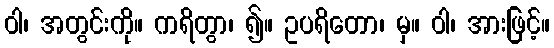
ဝါ၊ အတွင်းကို။ ကရိတွာ၊ ၍။ ဥပရိတော၊ မှ။ ဝါ၊ အားဖြင့်။